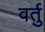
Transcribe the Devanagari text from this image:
वर्तु